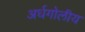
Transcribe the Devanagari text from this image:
अर्धगोलीय